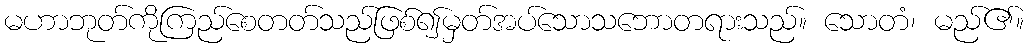
မဟာဘုတ်ကိုကြည်စေတတ်သည်ဖြစ်၍မှတ်အပ်သောသဘောတရားသည်။ သောတံ၊ မည်၏။